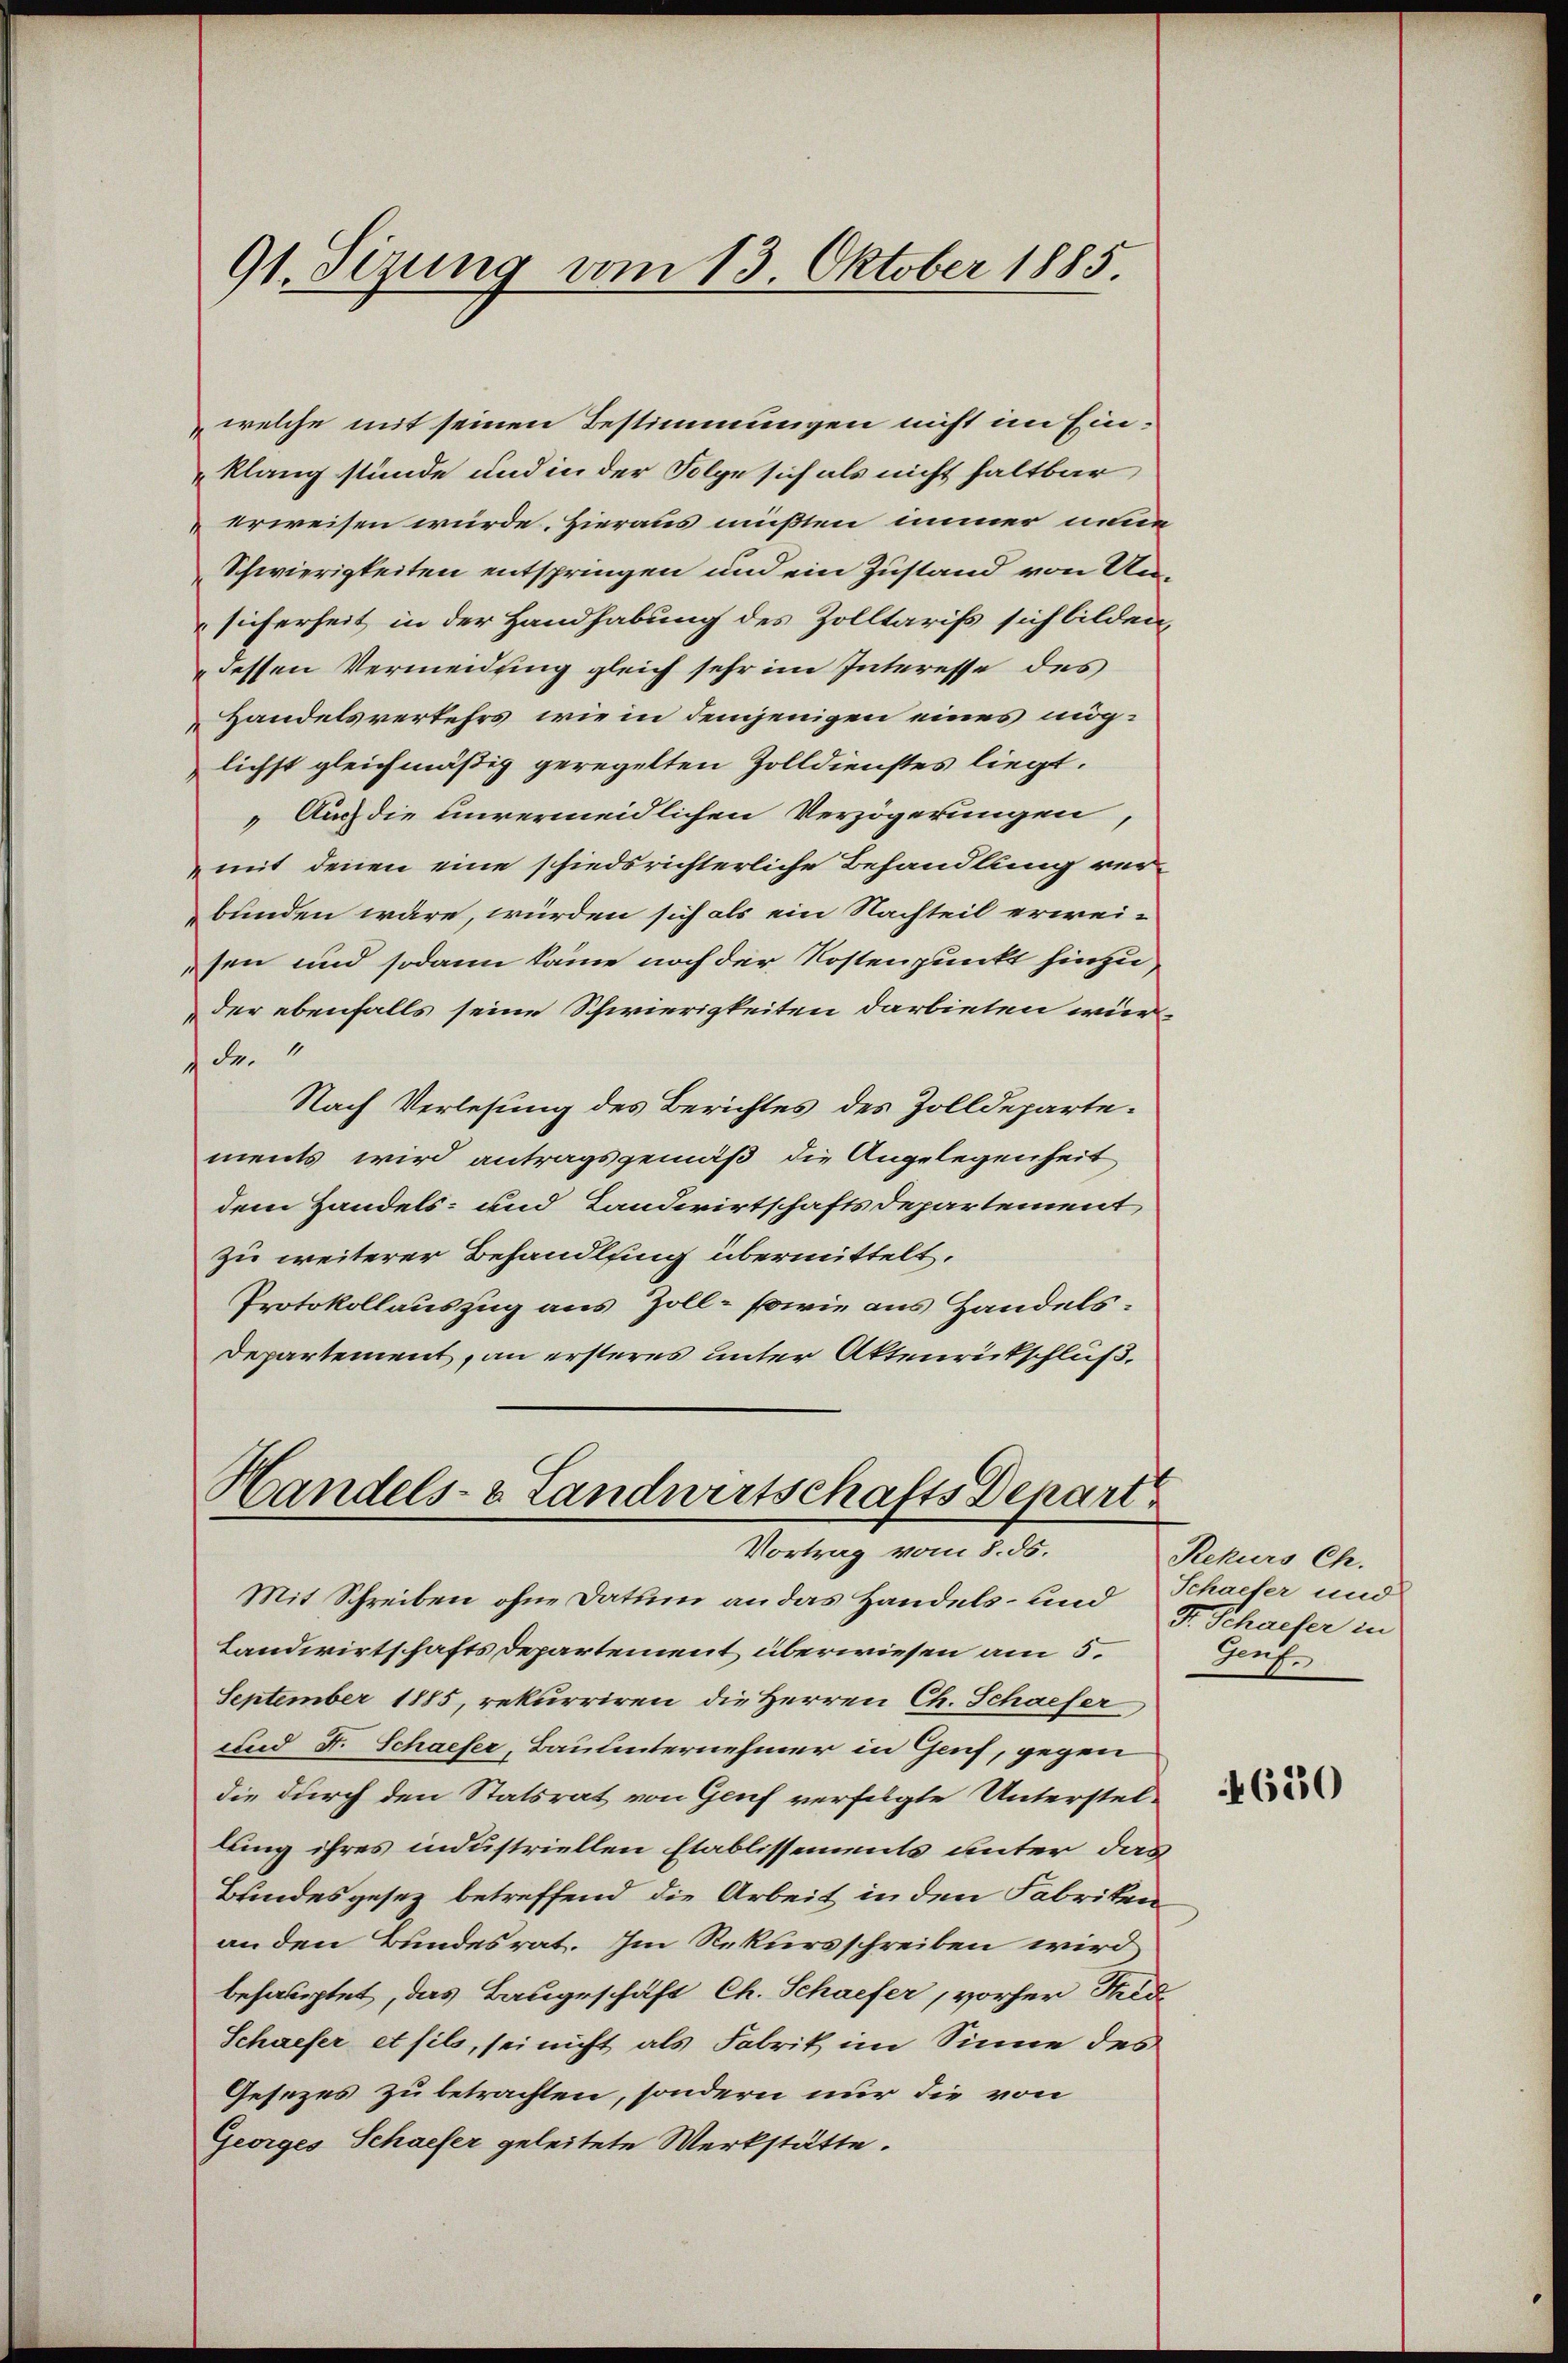
91. Sizung vom 13. Oktober 1885.

welche mit seinen Bestimmungen nicht im Einklang stünde und in der Folge sich als nicht haltbar
erweisen würde. Hieraus müßten immer neue
Schwierigkeiten entspringen und ein Zustand von Unsicherheit in der Handhabung des Zolltariss sich bilden,
dessen Vermeidung gleich sehr im Interesse des
Handelsverkehrs, wie in demjenigen eines möglichst gleichmäßig geregelten Zolldienstes liegt.
„Auch die unvermeidlichen Verzögerungen,
mit denen eine schiedsrichterliche Behandlung ver-
bunden wäre, würden sich als ein Nachteil erwei-
sen und sodann käme noch der Kostenpunkt hinzuder ebenfalls seine Schwierigkeiten darbieten wür-
de.“
Nach Verlesung des Berichtes des Zolldepartements wird antragsgemäß die Angelegenheit
dem Handels- und Landwirtschaftsdepartement
zu weiterer Behandlung übermittelt.
Protokollauszug aus Zoll- sowie aus Handels¬
Departement, an ersteres unter Aktenrückschluß.

Handels- & Landwirtschafts Depart
Vortrag vom 8. 85.

Mit Schreiben ohne Datum an das Handels- und Schaeter und
Landwirtschafts Departement überwiesen am 5.
September 1885, rekurriren die Herren Ch. Schaefer
und F. Schaefer, Bauunternehmer in Genf, gegen
die durch den Statsrat von Genf verfügte Unterstellung ihres industriellen Etablissements unter das
Bundesgesez betreffend die Arbeit in den Fabriken
an den Bundesrat. Im Rekursschreiben wird,
behauptet, das Baugeschäft Ch. Schaefer, vorher Fid
Schaefer et fils, sei nicht als Fabrik im Sinne des
Gesezes zu betrachten, sondern nur die von
Georges Schaefer geleitete Werkstätte.

Rekurs Ch.
F. Schaufer in
Genf.

4630